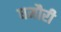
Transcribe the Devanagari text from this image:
घमौरी